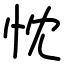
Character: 忱